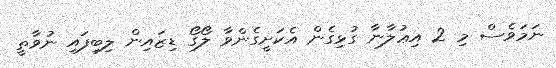
ނަމަވެސް މި 2 އިޢުލާނާ ގުޅިގެން އެކަށީގެންވާ ލޯގޯ ޑިޒައިން ލިބިފައި ނުވާތީ